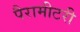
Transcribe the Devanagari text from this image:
पैरामीटरी